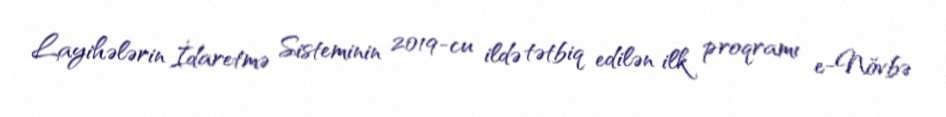
Layihələrin İdaretmə Sisteminin 2019-cu ildə tətbiq edilən ilk proqramı e-Növbə